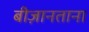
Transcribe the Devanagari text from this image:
बीज़ानताना